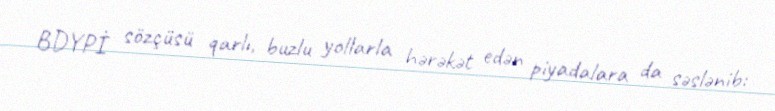
BDYPİ sözçüsü qarlı, buzlu yollarla hərəkət edən piyadalara da səslənib: